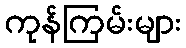
ကုန်ကြမ်းများ